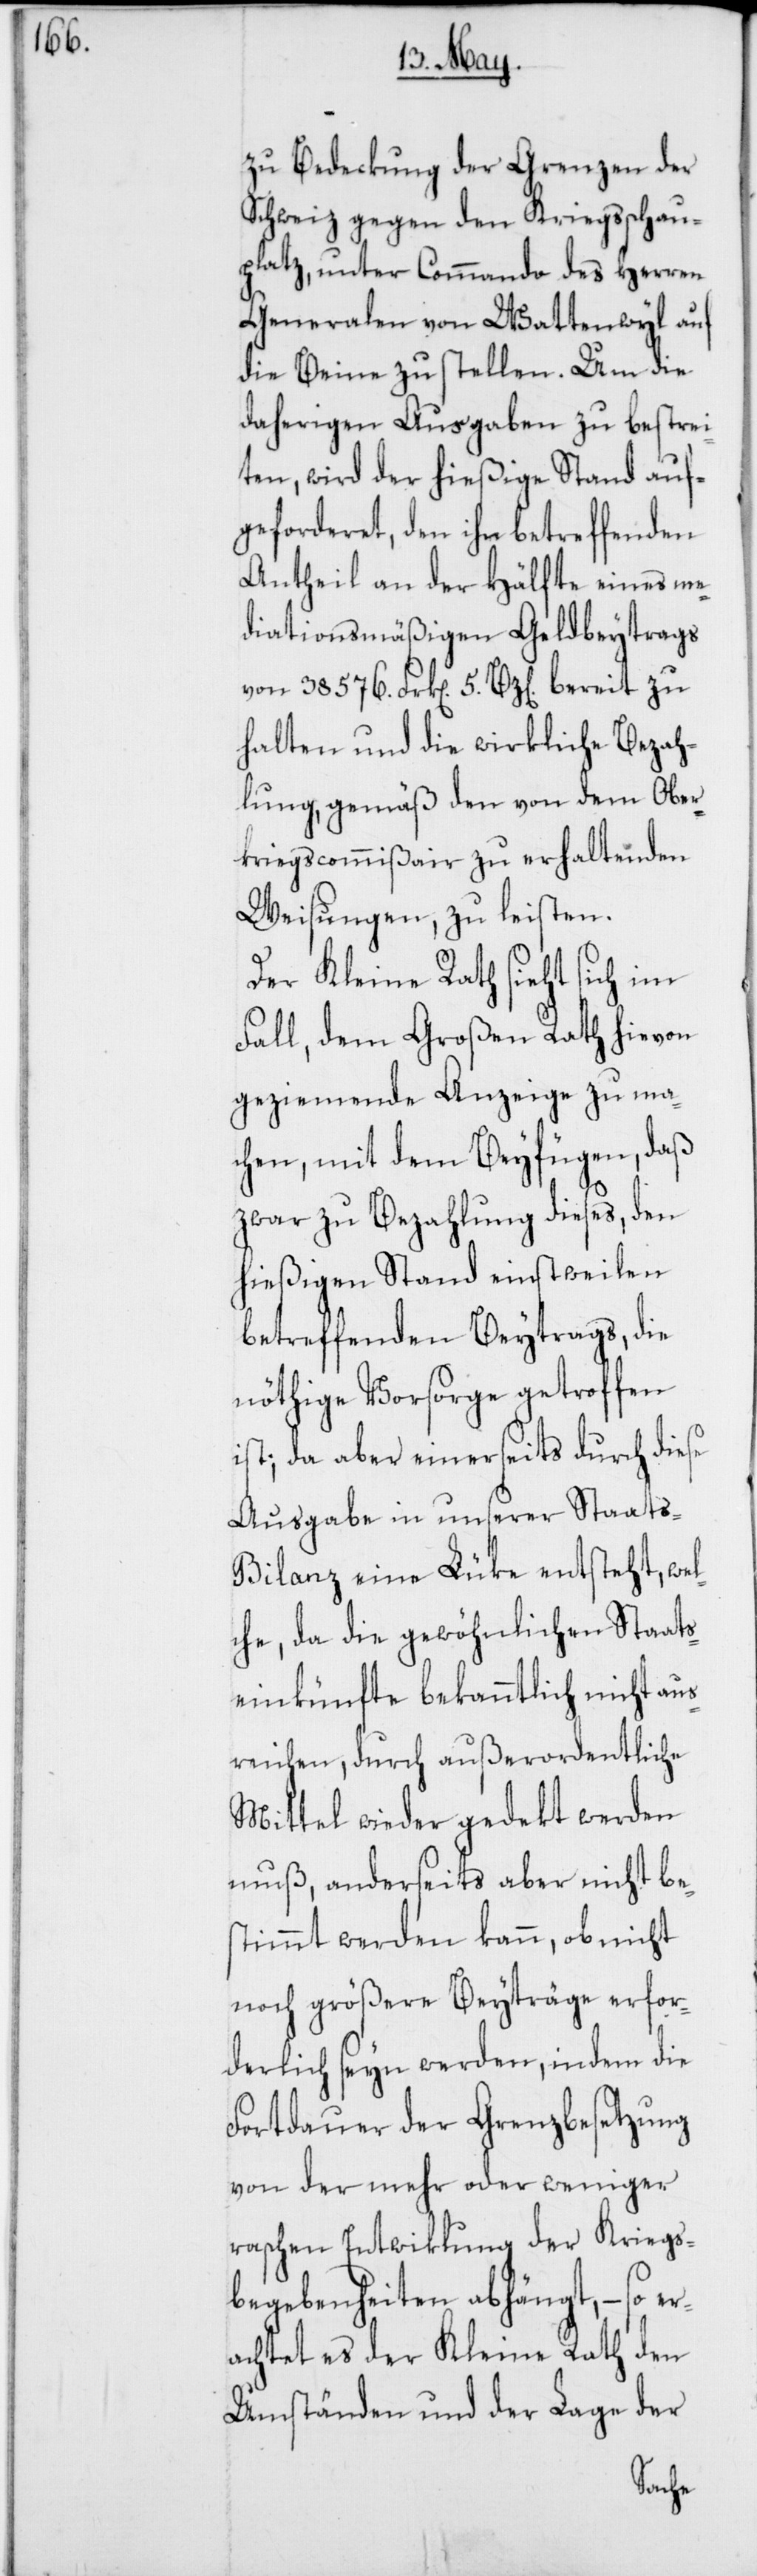
zu Bedeckung der Grenzen der
Schweiz gegen den Kriegsschau¬
platz, unter Commando des Herren
Generalen von Wattenwyl auf
die Beyne zu stellen. Um die
daherigen Ausgaben zu bestrei¬
ten, wird der hießige Stand auf¬
geforderet, den ihn betreffenden
Antheil an der Hälfte eines me¬
diationsmäßigen Geldbeytrags
von 38 576. Frk[en]. 5. Bz[en]. bereit zu
halten und die wirkliche Bezah¬
lung, gemäß den von dem Ober¬
kriegscommißair zu erhaltenden
Weisungen, zu leisten.
Der Kleine Rath sieht sich im
Fall, dem Großen Rath hievon
geziemende Anzeige zu ma¬
chen, mit dem Beyfügen, daß
zwar zur Bezahlung dieses, den
hießigen Stand einstweilen
betreffenden Beytrags, die
nöthige Vorsorge getroffen
ist; da aber einerseits durch diese
Ausgabe in unserer Staats-B¬
ilanz eine Lüke entsteht, wel¬
che, da die gewöhnlichen Staats¬
einkünfte bekanntlich nicht au¬
sreichen, durch außerordentliche
Mittel wieder gedekt werden
muß, anderseits aber nicht be¬
stimmt werden kann, ob nicht
noch größere Beyträge erfor¬
derlich seyn werden, indem die
Fortdauer der Grenzbesetzung
von der mehr oder weniger
raschen Entwiklung der Kriegs¬
begebenheiten abhängt, – so e¬
rachtet es der Kleine Rath den
Umständen und der Lage der